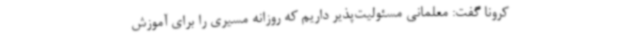
کرونا گفت: معلمانی مسئولیت‌پذیر داریم که روزانه مسیری را برای آموزش